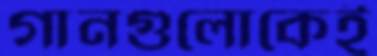
গানগুলোকেই